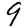
Digit: 9